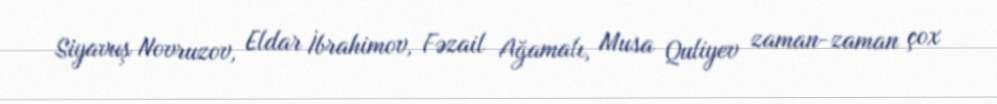
Siyavuş Novruzov, Eldar İbrahimov, Fəzail Ağamalı, Musa Quliyev zaman-zaman çox